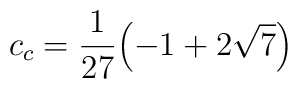
c_c=\frac{1}{ 27} {\left(-1 + 2 \sqrt{7} \right) }